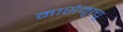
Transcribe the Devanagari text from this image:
मासेमृत्यू